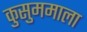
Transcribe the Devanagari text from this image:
कुसुममाला